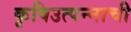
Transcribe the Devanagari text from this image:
कृषिउत्पन्नाची